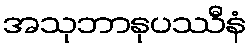
အသုဘာနုပဿီနံ